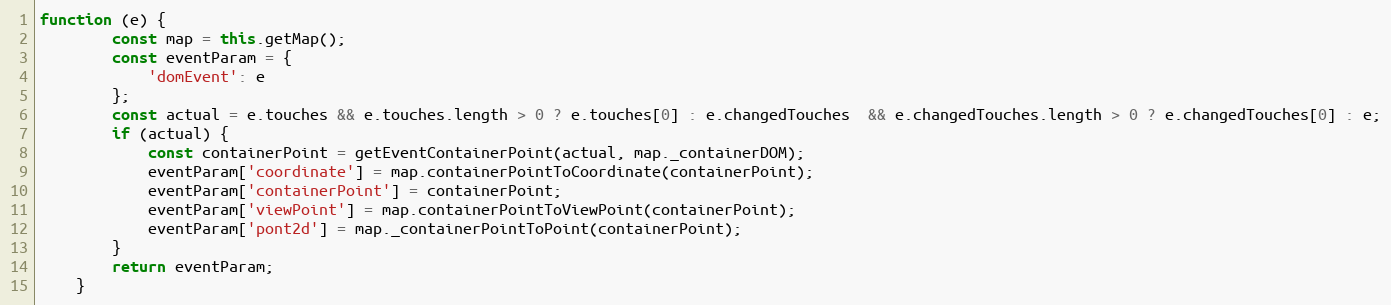
Language: JavaScript
function (e) {
        const map = this.getMap();
        const eventParam = {
            'domEvent': e
        };
        const actual = e.touches && e.touches.length > 0 ? e.touches[0] : e.changedTouches  && e.changedTouches.length > 0 ? e.changedTouches[0] : e;
        if (actual) {
            const containerPoint = getEventContainerPoint(actual, map._containerDOM);
            eventParam['coordinate'] = map.containerPointToCoordinate(containerPoint);
            eventParam['containerPoint'] = containerPoint;
            eventParam['viewPoint'] = map.containerPointToViewPoint(containerPoint);
            eventParam['pont2d'] = map._containerPointToPoint(containerPoint);
        }
        return eventParam;
    }